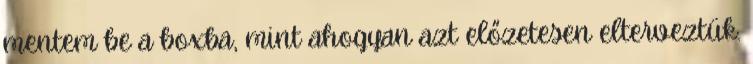
mentem be a boxba, mint ahogyan azt előzetesen elterveztük.